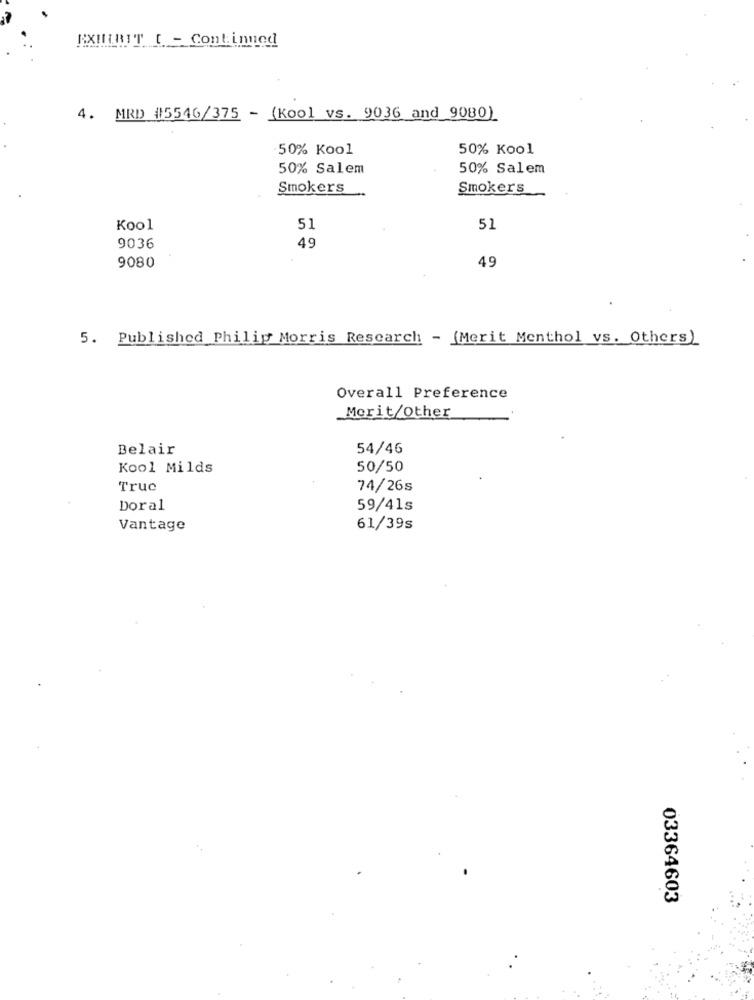
EXHIBIT_[ - Continued
4. MRD #5546/375 - (kool vs. 9036 and 9080)
50% Kool
50% Kool
50% Salem
50% Salem
Smokers
Smokers
Kool
51
51
49
9036
9080
49
5. Published Philip Morris Research - (Merit Menthol vs. Others)
Overall Preference
Merit/Other
Belair
54/46
Kool Milds
50/50
True
74/26s
Doral
59/41s
Vantage
61/39s
03364603